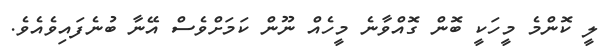
ލީ ކޮންމެ މީހަކީ ބޮން ގޮއްވާނެ މީހެއް ނޫން ކަމަށްވެސް އޭނާ ބުނެފައިވެއެވެ.